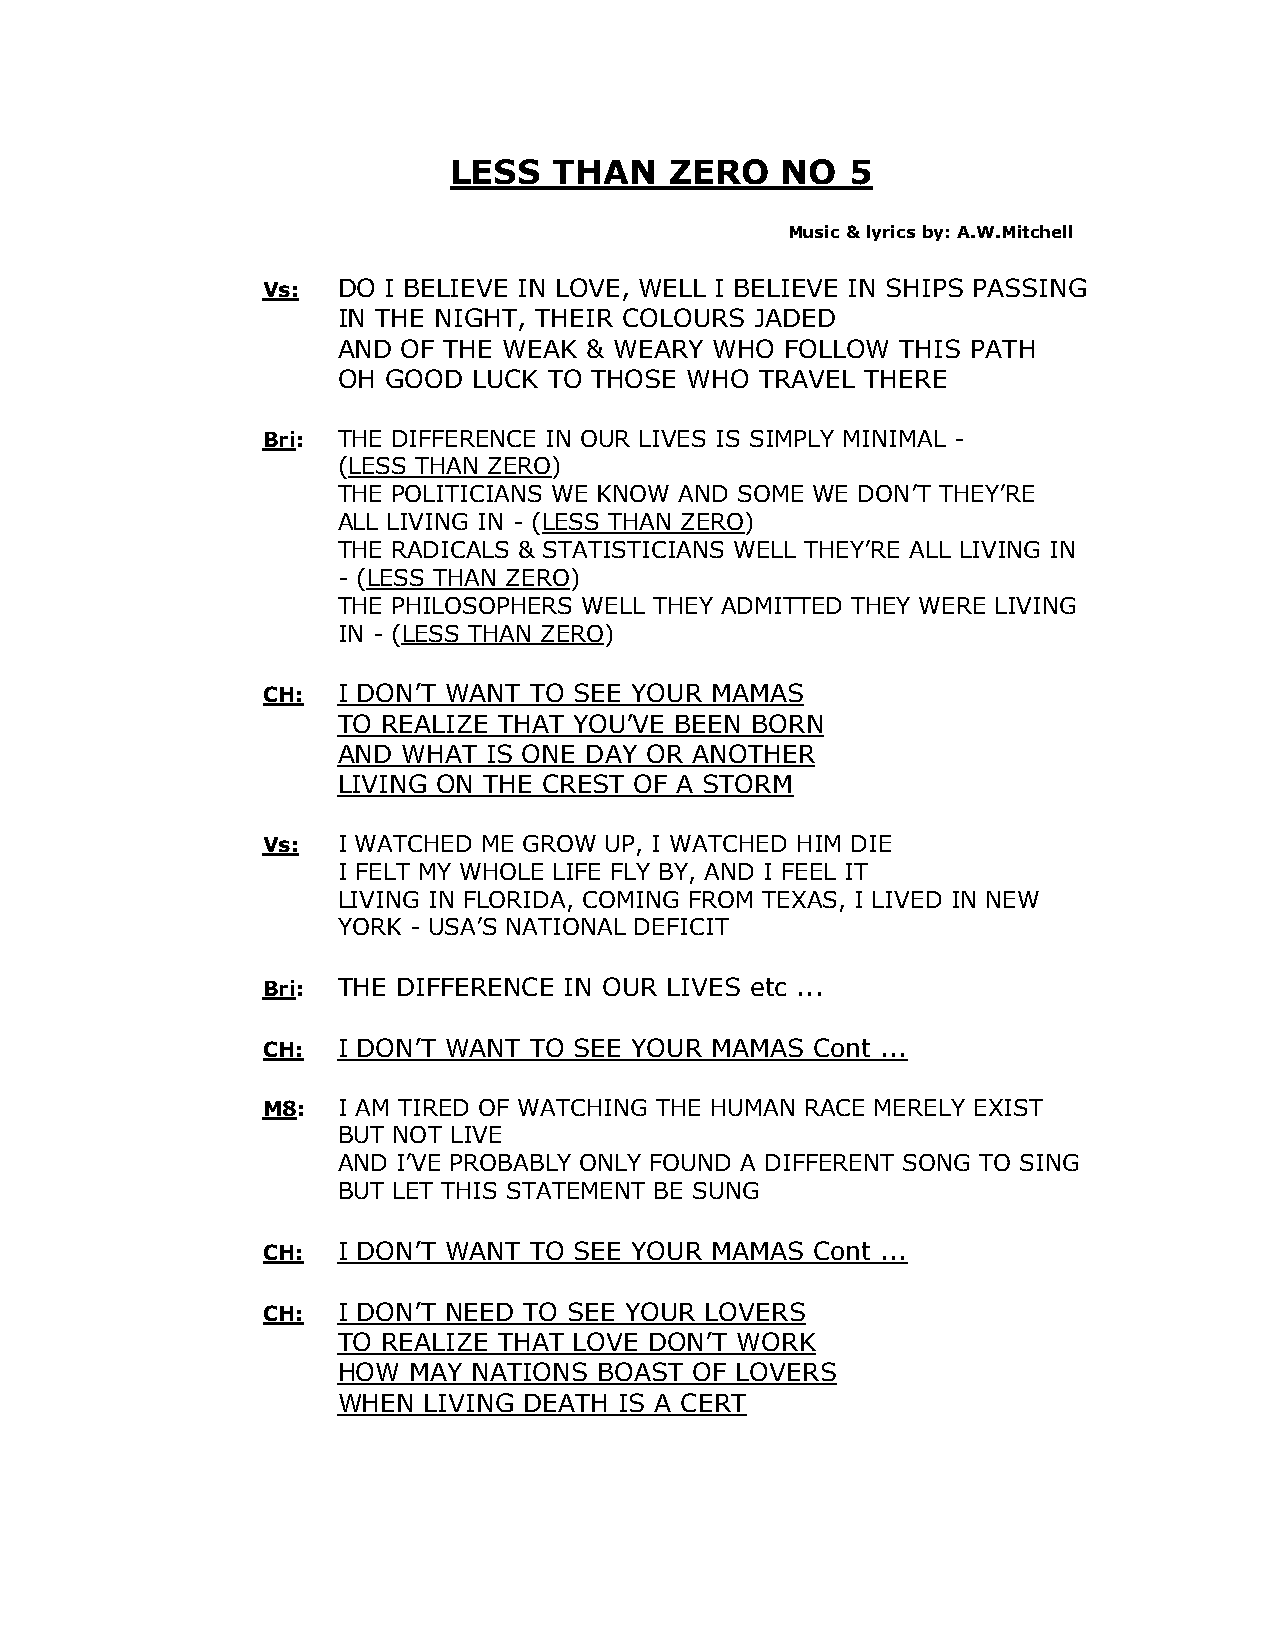
LESS   THAN   ZERO    NO  5
 Music & lyrics by: A.W.Mitchell
 Vs:  DO I BELIEVE IN LOVE, WELL I BELIEVE IN SHIPS PASSING
 IN THE NIGHT, THEIR COLOURS JADED
 AND  OF THE WEAK & WEARY WHO  FOLLOW  THIS PATH
 OH GOOD  LUCK TO THOSE WHO  TRAVEL THERE
 Bri: THE DIFFERENCE IN OUR LIVES IS SIMPLY MINIMAL -
 (LESS THAN ZERO)
 THE POLITICIANS WE KNOW AND SOME WE DON’T THEY’RE
 ALL LIVING IN - (LESS THAN ZERO)
 THE RADICALS & STATISTICIANS WELL THEY’RE ALL LIVING IN
 - (LESS THAN ZERO)
 THE PHILOSOPHERS WELL THEY ADMITTED THEY WERE LIVING
 IN - (LESS THAN ZERO)
 CH:  I DON’T WANT TO SEE YOUR MAMAS
 TO REALIZE THAT YOU’VE BEEN BORN
 AND  WHAT IS ONE DAY OR ANOTHER
 LIVING ON THE CREST OF A STORM
 Vs:  I WATCHED ME GROW UP, I WATCHED HIM DIE
 I FELT MY WHOLE LIFE FLY BY, AND I FEEL IT
 LIVING IN FLORIDA, COMING FROM TEXAS, I LIVED IN NEW
 YORK - USA’S NATIONAL DEFICIT
 Bri: THE DIFFERENCE IN OUR LIVES etc ...
 CH:  I DON’T WANT TO SEE YOUR MAMAS  Cont ...
 M8:  I AM TIRED OF WATCHING THE HUMAN RACE MERELY EXIST
 BUT NOT LIVE
 AND I’VE PROBABLY ONLY FOUND A DIFFERENT SONG TO SING
 BUT LET THIS STATEMENT BE SUNG
 CH:  I DON’T WANT TO SEE YOUR MAMAS  Cont ...
 CH:  I DON’T NEED TO SEE YOUR LOVERS
 TO REALIZE THAT LOVE DON’T WORK
 HOW  MAY NATIONS  BOAST OF LOVERS
 WHEN  LIVING DEATH IS A CERT